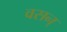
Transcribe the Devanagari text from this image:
वसन्